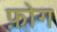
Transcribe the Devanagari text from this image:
फ़ोग